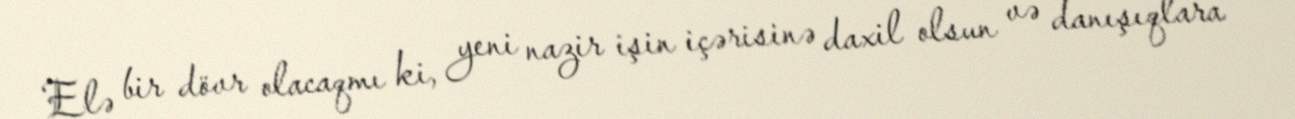
Elə bir dövr olacaqmı ki, yeni nazir işin içərisinə daxil olsun və danışıqlara